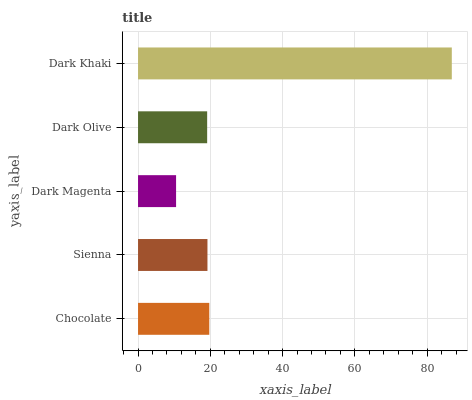
| yaxis_label | bars |
 | --- | --- |
 | Chocolate | 19.7 |
 | Sienna | 19.2 |
 | Dark Magenta | 10.5 |
 | Dark Olive | 19.1 |
 | Dark Khaki | 86.8 |